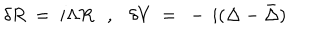
\delta R ~ = ~ i \Lambda R , \delta V ~ = ~ - \, i ( \Delta - \bar { \Delta } )